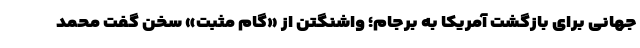
جهانی برای بازگشت آمریکا به برجام؛ واشنگتن از «گام مثبت» سخن گفت محمد